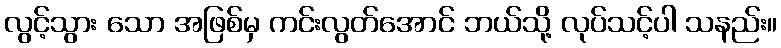
လွင့်သွား သော အဖြစ်မှ ကင်းလွတ်အောင် ဘယ်သို့ လုပ်သင့်ပါ သနည်း။